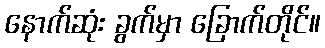
နောက်ဆုံး ခွက်မှာ ခြောက်တိုင်။